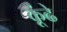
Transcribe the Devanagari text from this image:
कूंढे